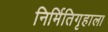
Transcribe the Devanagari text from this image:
निर्मितिगृहाला